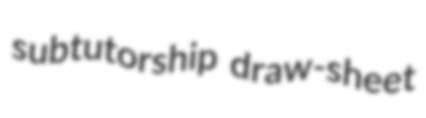
subtutorship draw-sheet